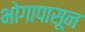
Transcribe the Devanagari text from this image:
भोगापासून